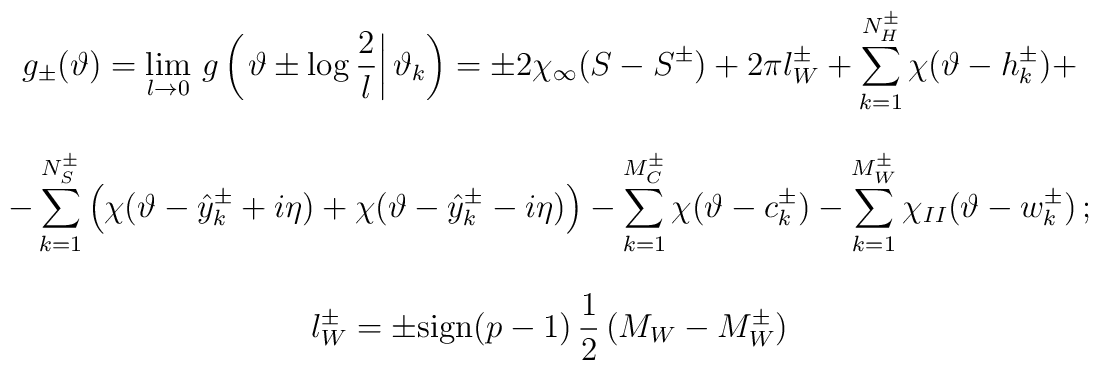
\begin{array}{c}\displaystyle g_{\pm }(\vartheta )=\lim _{l\rightarrow 0}\, g\left( \left. \vartheta \pm \log \displaystyle\frac{2}{l}\right| \vartheta _{k}\right) =\pm 2\chi _{\infty }(S-S^{\pm })+2\pi l_{W}^{\pm }+\displaystyle\sum ^{N_{H}^{\pm }}_{k=1}\chi (\vartheta -h_{k}^{\pm })+\\\\-\displaystyle\sum ^{N_{S}^{\pm }}_{k=1}\left( \chi (\vartheta -\hat{y}_{k}^{\pm }+i\eta )+\chi (\vartheta -\hat{y}_{k}^{\pm }-i\eta )\right) -\displaystyle\sum ^{M_{C}^{\pm }}_{k=1}\chi (\vartheta -c_{k}^{\pm })-\displaystyle\sum _{k=1}^{M_{W}^{\pm }}\chi _{II}(\vartheta -w_{k}^{\pm })\, ;\\\\l_{W}^{\pm }=\pm \textrm{sign}(p-1)\, \displaystyle\frac{1}{2}\, (M_{W}-M_{W}^{\pm })\end{array}